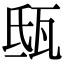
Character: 𤬵